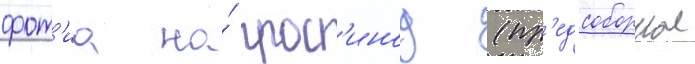
фот'иа на́ прос'инод (пр'едсоборное